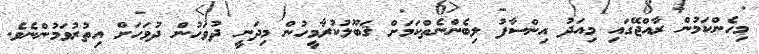
މިހެންކަމުން ރާއްޖޭގައި މިއަދު އިންސާފު ލިބެންނެތްކަމަށް ޤަބޫލުކުރާމީހުން މިދަނީ ދުވަހުން ދުވަހަށް އިތުރުވަމުންނެވެ.